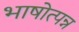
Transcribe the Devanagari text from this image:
भाषोत्पन्न